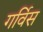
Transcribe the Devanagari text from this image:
गर्विस